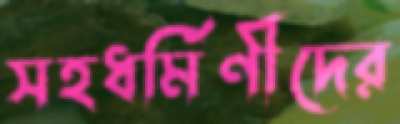
সহধর্মিণীদের